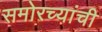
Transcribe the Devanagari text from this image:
समोरच्यांची